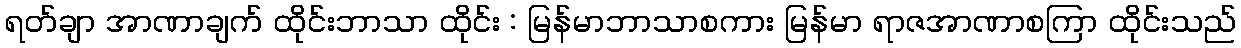
ရတ်ချာ အာဏာချက် ထိုင်းဘာသာ ထိုင်း : မြန်မာဘာသာစကား မြန်မာ ရာဇအာဏာစကြာ ထိုင်းသည်